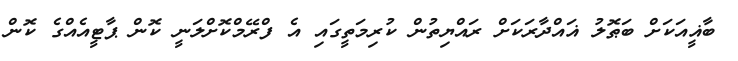
ބާޣީއަކަށް ބަޠޮލު ޣައްދާރަކަށް ރައްޔިތުން ކުރިމަތީގައި އެ ފްރޭމްކޮށްލަނީ ކޮން ޕާޓީއެއްގެ ކޮން